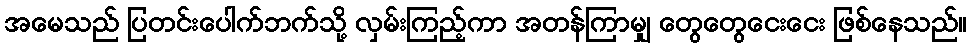
အမေသည် ပြတင်းပေါက်ဘက်သို့ လှမ်းကြည့်ကာ အတန်ကြာမျှ တွေတွေငေးငေး ဖြစ်နေသည်။